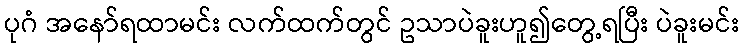
ပုဂံ အနော်ရထာမင်း လက်ထက်တွင် ဥသာပဲခူးဟူ၍တွေ့ရပြီး ပဲခူးမင်း